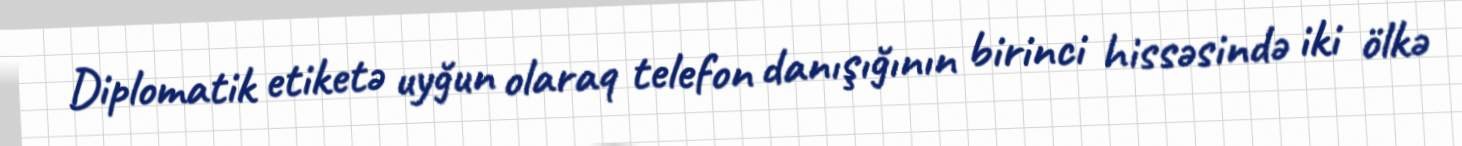
Diplomatik etiketə uyğun olaraq telefon danışığının birinci hissəsində iki ölkə